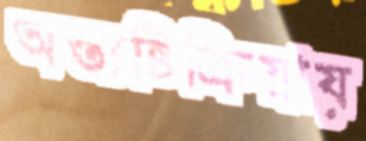
অন্ত্যষ্টিক্রিয়ায়